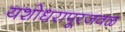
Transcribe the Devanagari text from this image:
यशोधरापूरजवळ